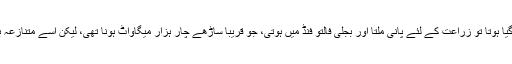
بات چلتی گئی تو کالا باغ ڈیم کا ذکر آ گیا کہ اگر یہ تعمیر ہو گیا ہوتا تو زراعت کے لئے پانی ملتا اور بجلی فالتو فنڈ میں ہوتی، جو قریباً ساڑھے چار ہزار میگاواٹ ہونا تھی، لیکن اسے متنازعہ بنا کر کروڑوں خرچ ہو جانے والا یہ منصوبہ ٹھپ کر دیا گیا۔